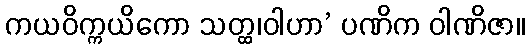
ကယဝိက္ကယိကော သတ္ထ၊ဝါဟာ’ ပဏိက ဝါဏိဇာ။